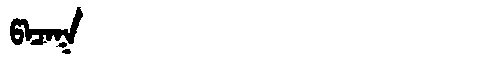
Manchu: ᡦᠠᠴᠠᡴ
Romanization: PACAK